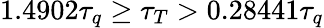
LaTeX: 1.4902\tau_{q}\geq\tau_{T}>0.28441\tau_{q}